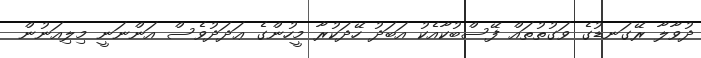
ދުވާލާ ރޭގަނޑުގެ ވަގުތުތައް ފޭސްބުކާއެކު އަބަދު ހޭދަކުރާ މީހުންގެ ޢަދަދުވެސް އަންނަނީ މިލިއަނުން